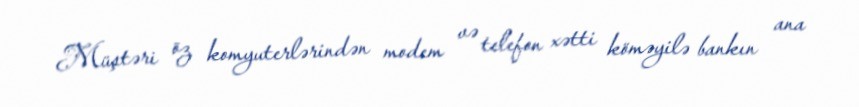
Müştəri öz komyuterlərindən modem və telefon xətti köməyilə bankın ana